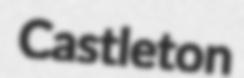
Castleton